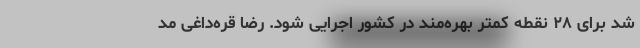
شد برای ۲۸ نقطه کمتر بهره‌مند در کشور اجرایی شود. رضا قره‌داغی مد